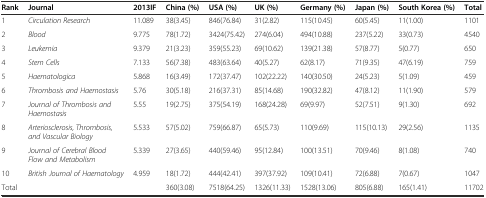
<table><thead><tr><td><b>Rank</b></td><td><b>Journal</b></td><td><b>2013IF</b></td><td><b>China (%)</b></td><td><b>USA (%)</b></td><td><b>UK (%)</b></td><td><b>Germany (%)</b></td><td><b>Japan (%)</b></td><td><b>South Korea (%)</b></td><td><b>Total</b></td></tr></thead><tbody><tr><td>1</td><td><i>Circulation Research</i></td><td>11.089</td><td>38(3.45)</td><td>846(76.84)</td><td>31(2.82)</td><td>115(10.45)</td><td>60(5.45)</td><td>11(1.00)</td><td>1101</td></tr><tr><td>2</td><td><i>Blood</i></td><td>9.775</td><td>78(1.72)</td><td>3424(75.42)</td><td>274(6.04)</td><td>494(10.88)</td><td>237(5.22)</td><td>33(0.73)</td><td>4540</td></tr><tr><td>3</td><td><i>Leukemia</i></td><td>9.379</td><td>21(3.23)</td><td>359(55.23)</td><td>69(10.62)</td><td>139(21.38)</td><td>57(8.77)</td><td>5(0.77)</td><td>650</td></tr><tr><td>4</td><td><i>Stem Cells</i></td><td>7.133</td><td>56(7.38)</td><td>483(63.64)</td><td>40(5.27)</td><td>62(8.17)</td><td>71(9.35)</td><td>47(6.19)</td><td>759</td></tr><tr><td>5</td><td><i>Haematologica</i></td><td>5.868</td><td>16(3.49)</td><td>172(37.47)</td><td>102(22.22)</td><td>140(30.50)</td><td>24(5.23)</td><td>5(1.09)</td><td>459</td></tr><tr><td>6</td><td><i>Thrombosis and Haemostasis</i></td><td>5.76</td><td>30(5.18)</td><td>216(37.31)</td><td>85(14.68)</td><td>190(32.82)</td><td>47(8.12)</td><td>11(1.90)</td><td>579</td></tr><tr><td>7</td><td><i>Journal of Thrombosis and Haemostasis</i></td><td>5.55</td><td>19(2.75)</td><td>375(54.19)</td><td>168(24.28)</td><td>69(9.97)</td><td>52(7.51)</td><td>9(1.30)</td><td>692</td></tr><tr><td>8</td><td><i>Arteriosclerosis, Thrombosis, and Vascular Biology</i></td><td>5.533</td><td>57(5.02)</td><td>759(66.87)</td><td>65(5.73)</td><td>110(9.69)</td><td>115(10.13)</td><td>29(2.56)</td><td>1135</td></tr><tr><td>9</td><td><i>Journal of Cerebral Blood Flow and Metabolism</i></td><td>5.339</td><td>27(3.65)</td><td>440(59.46)</td><td>95(12.84)</td><td>100(13.51)</td><td>70(9.46)</td><td>8(1.08)</td><td>740</td></tr><tr><td>10</td><td><i>British Journal of Haematology</i></td><td>4.959</td><td>18(1.72)</td><td>444(42.41)</td><td>397(37.92)</td><td>109(10.41)</td><td>72(6.88)</td><td>7(0.67)</td><td>1047</td></tr><tr><td colspan="3">Total</td><td>360(3.08)</td><td>7518(64.25)</td><td>1326(11.33)</td><td>1528(13.06)</td><td>805(6.88)</td><td>165(1.41)</td><td>11702</td></tr></tbody></table>